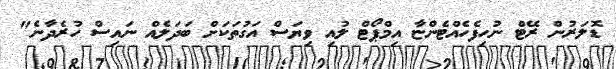
ޑޮލަރުން ރޭޓް ނުހިފެހެއްޓެންޏާ އިމްޕޯޓް ލުއި ވިޔަސް އަގުތަކަށް ބަދަލެއް ނައިސް ހުރެދާނެ"